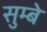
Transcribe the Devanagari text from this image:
सुम्बे